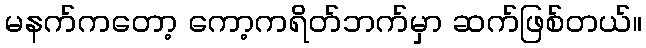
မနက်ကတော့ ကော့ကရိတ်ဘက်မှာ ဆက်ဖြစ်တယ်။